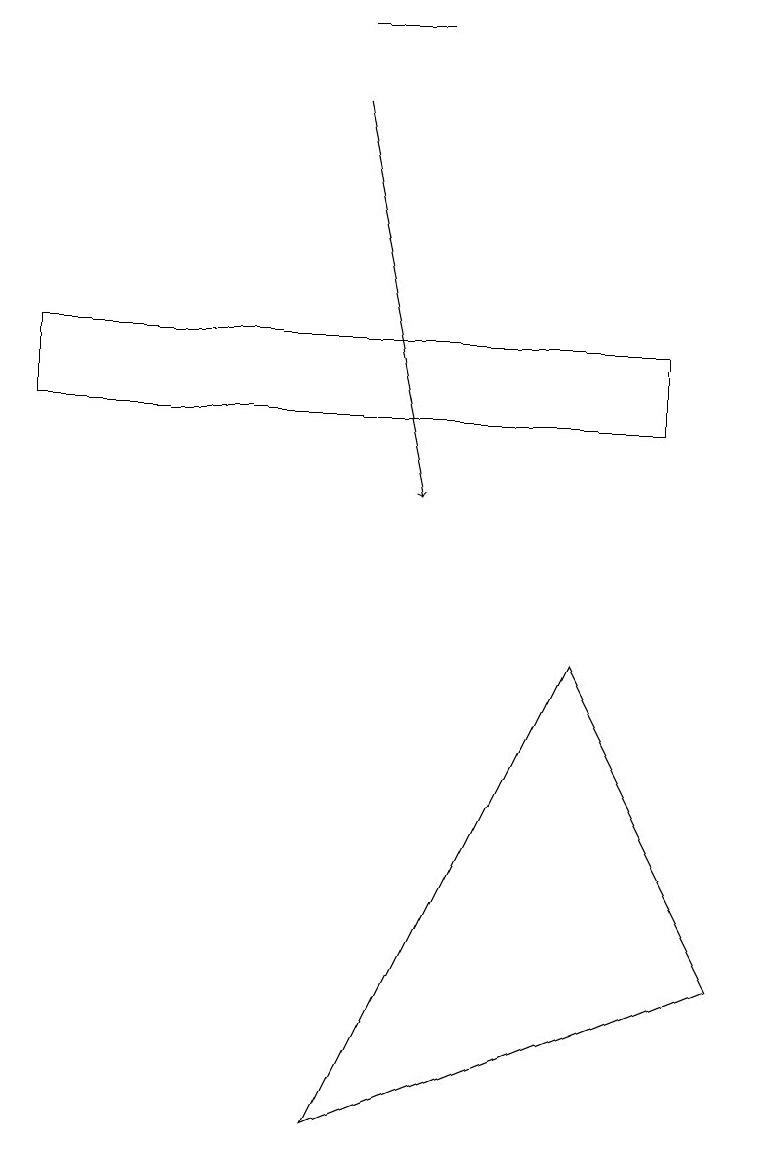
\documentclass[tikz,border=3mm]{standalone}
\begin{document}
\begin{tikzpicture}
\draw[->] (4,15) -- (5,10);
\draw (4,16) rectangle (5,16);
\draw (4,2) -- (7,8) -- (9,4) -- cycle;
\draw (0,11) rectangle (8,12);
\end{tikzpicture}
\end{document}